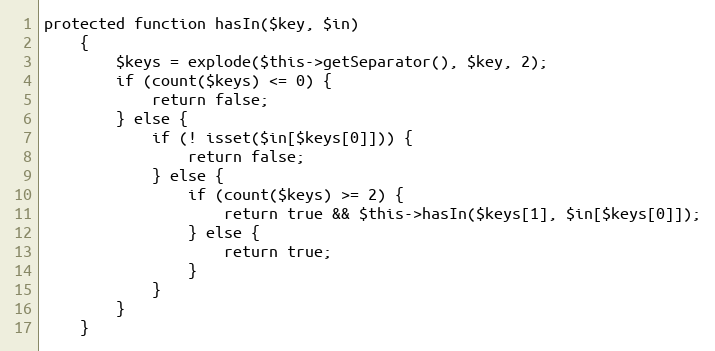
Language: PHP
protected function hasIn($key, $in)
    {
        $keys = explode($this->getSeparator(), $key, 2);
        if (count($keys) <= 0) {
            return false;
        } else {
            if (! isset($in[$keys[0]])) {
                return false;
            } else {
                if (count($keys) >= 2) {
                    return true && $this->hasIn($keys[1], $in[$keys[0]]);
                } else {
                    return true;
                }
            }
        }
    }